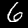
Digit: 6